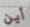
أين